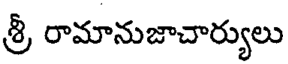
శ్రీ రామానుజాచార్యులు